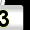
Digit: 3